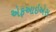
એફઆઇએસ